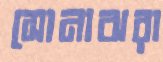
সোনাঝরা